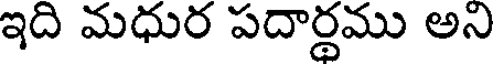
ఇది మధుర పదార్థము అని